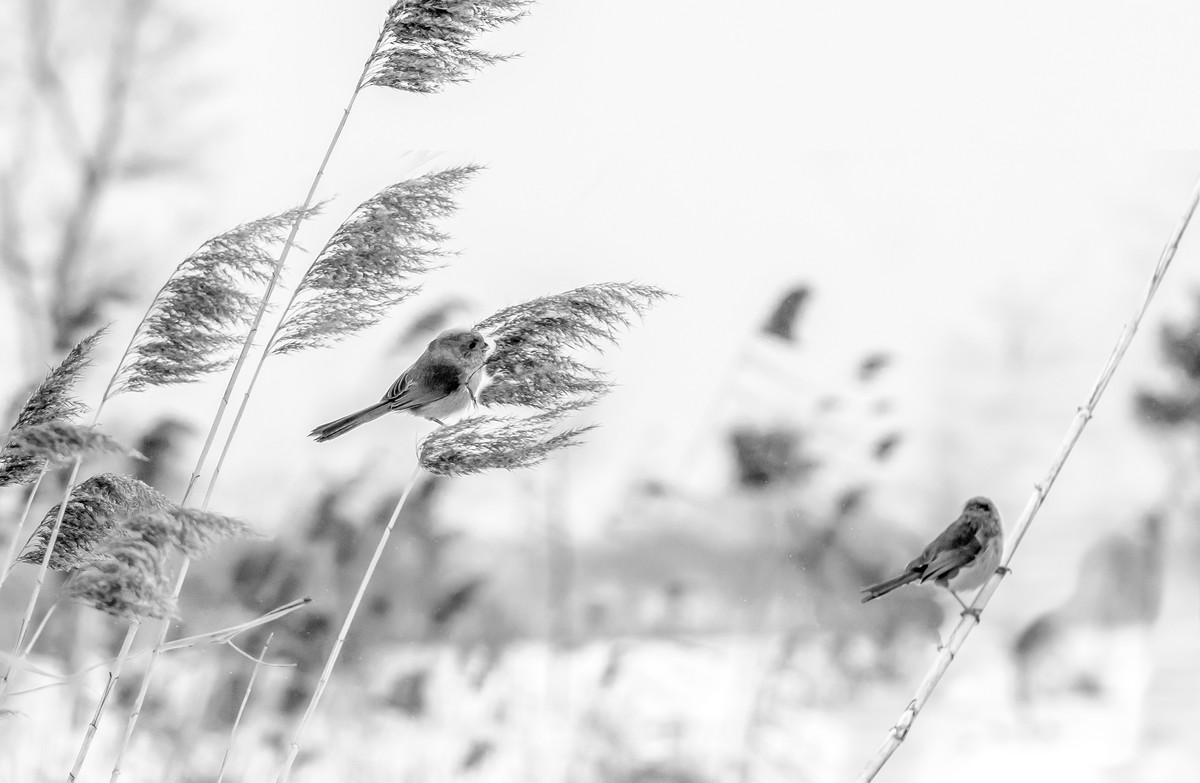
白鸟一双临水立，见人惊起入芦花。